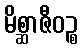
မိစ္ဆာဇီဝဉ္စ